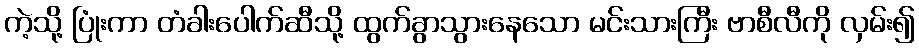
ကဲ့သို့ ပြုံးကာ တံခါးပေါက်ဆီသို့ ထွက်ခွာသွားနေသော မင်းသားကြီး ဗာစီလီကို လှမ်း၍